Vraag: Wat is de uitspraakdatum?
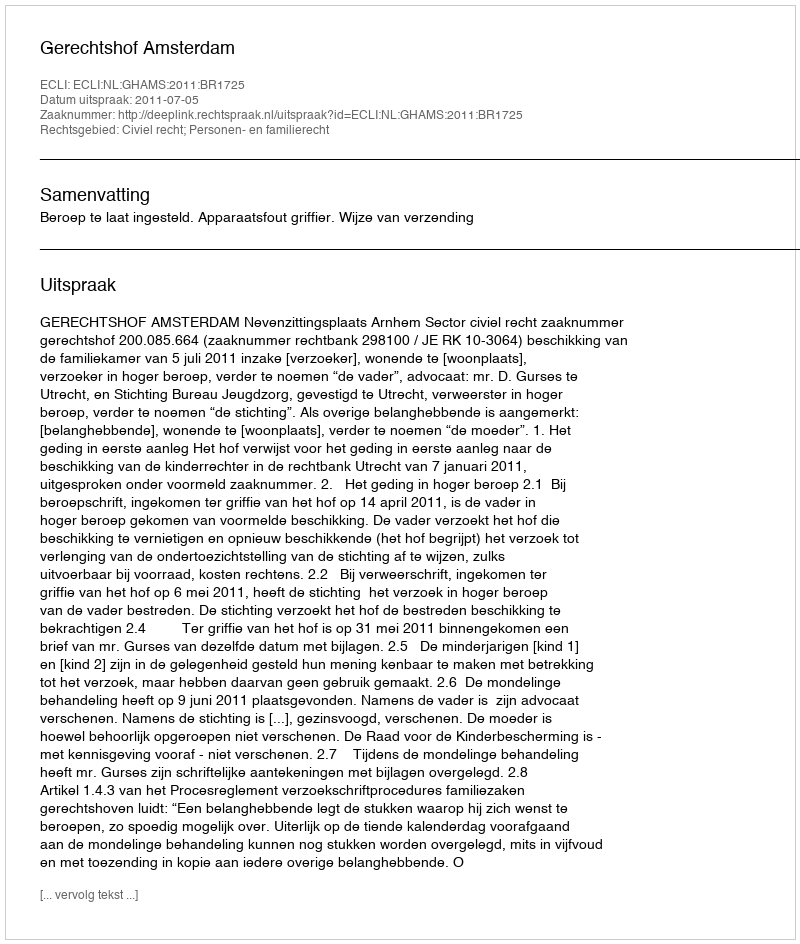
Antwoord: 2011-07-05